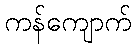
ကန်ကျောက်